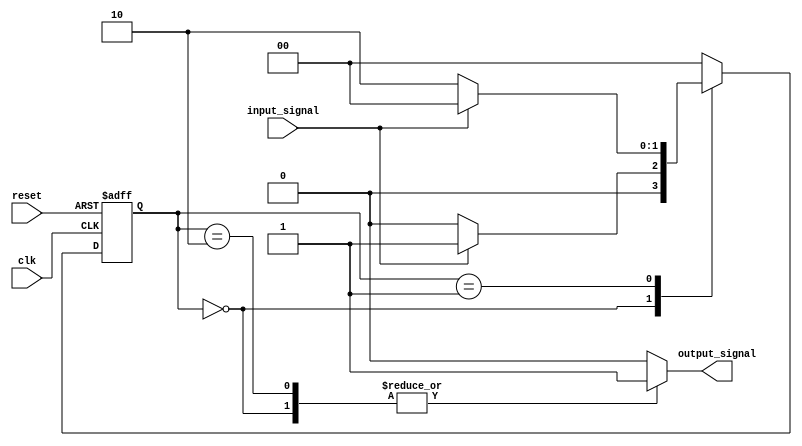
module Mealy_State_Machine_with_Wait_States (
    input clk,
    input reset,
    input input_signal,
    output reg output_signal
);

//define states
parameter S0 = 2'b00;
parameter S1 = 2'b01;
parameter S2 = 2'b10;

//define wait states
parameter W0 = 2'b00;

//define state register
reg [1:0] current_state;
reg [1:0] next_state;

always @(posedge clk or posedge reset) begin
    if (reset) begin
        current_state <= S0;
    end else begin
        current_state <= next_state;
    end
end

always @(current_state, input_signal) begin
    case (current_state)
        S0: begin
            if (input_signal) begin
                next_state = S1;
            end else begin
                next_state = W0; //wait state
            end
        end
        S1: begin
            if (!input_signal) begin
                next_state = S2;
            end else begin
                next_state = W0; //wait state
            end
        end
        S2: begin
            next_state = S0;
        end
        default: begin
            next_state = S0;
        end
    endcase
end

always @(current_state, input_signal) begin
    case (current_state)
        S0: begin
            output_signal = 1;
        end
        S1: begin
            output_signal = 0;
        end
        S2: begin
            output_signal = 1;
        end
        default: begin
            output_signal = 0;
        end
    endcase
end

endmodule